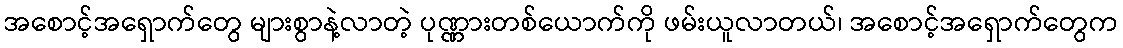
အစောင့်အရှောက်တွေ များစွာနဲ့လာတဲ့ ပုဏ္ဏားတစ်ယောက်ကို ဖမ်းယူလာတယ်၊ အစောင့်အရှောက်တွေက